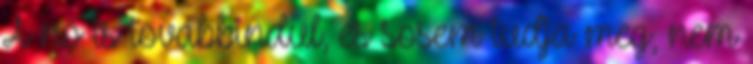
A nő is továbbindul, és sosem tudja meg, nem